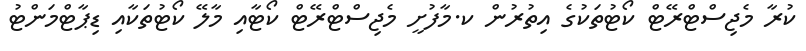
ކުރާ މެޖިސްޓްރޭޓް ކޯޓުތަކުގެ އިތުރުން ކ.މާފުށީ މެޖިސްޓްރޭޓް ކޯޓާއި މާލޭ ކޯޓުތަކާއި ޑިޕާޓްމަންޓު